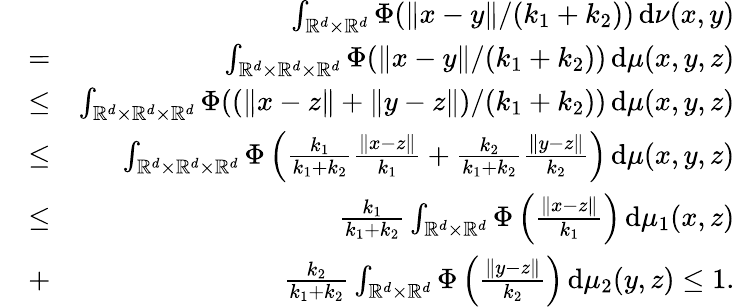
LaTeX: \begin{array}{rlr}&{}&{\int_{\mathbb{R}^{d}\times\mathbb{R}^{d}}\Phi(\| x-y\| /(k_{1}+k_{2}))\, \mathrm{d}\nu(x,y)}\\ &{=}&{\int_{\mathbb{R}^{d}\times\mathbb{R}^{d}\times\mathbb{R}^{d}}\Phi(\| x-y\| /(k_{1}+k_{2}))\, \mathrm{d}\mu(x,y,z)}\\ &{\leq}&{\int_{\mathbb{R}^{d}\times\mathbb{R}^{d}\times\mathbb{R}^{d}}\Phi((\| x-z\| +\| y-z\| )/(k_{1}+k_{2}))\, \mathrm{d}\mu(x,y,z)}\\ &{\leq}&{\int_{\mathbb{R}^{d}\times\mathbb{R}^{d}\times\mathbb{R}^{d}}\Phi\left(\frac{k_{1}}{k_{1}+k_{2}}\frac{\| x-z\| }{k_{1}}+\frac{k_{2}}{k_{1}+k_{2}}\frac{\| y-z\| }{k_{2}}\right)\, \mathrm{d}\mu(x,y,z)}\\ &{\leq}&{\frac{k_{1}}{k_{1}+k_{2}}\int_{\mathbb{R}^{d}\times\mathbb{R}^{d}}\Phi\left(\frac{\| x-z\| }{k_{1}}\right)\, \mathrm{d}\mu_{1}(x,z)}\\ &{+}&{\frac{k_{2}}{k_{1}+k_{2}}\int_{\mathbb{R}^{d}\times\mathbb{R}^{d}}\Phi\left(\frac{\| y-z\| }{k_{2}}\right)\, \mathrm{d}\mu_{2}(y,z)\leq 1.}\end{array}